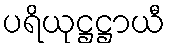
ပရိယုဋ္ဌဋ္ဌာယီ